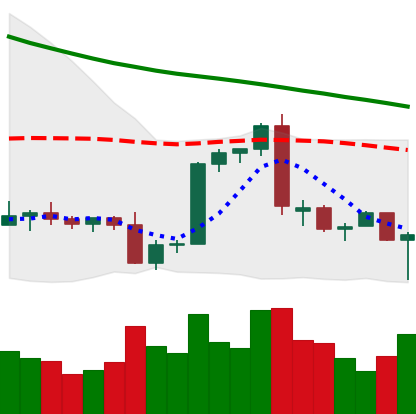
Ticker: BTC-USD
Chart end date: 2022-09-19
Forward return: -3.106%
Label: down_3_5